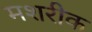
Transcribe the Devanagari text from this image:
मशरीक